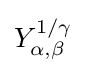
Y_{\alpha ,\beta }^{1/\gamma }